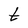
Character: t